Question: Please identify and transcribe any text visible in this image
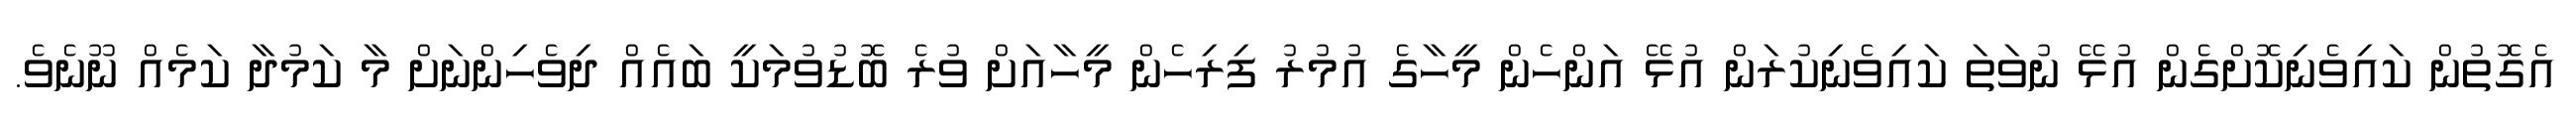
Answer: އެގޮތުން ކައިވެނިކޮށްގެން އުޅޭ ނުވަތަ ކައިވެނިކުރަން އުޅޭ އަންހެން މީހާގެ އުމުރު ފިރިހެން މީހާއަށް ވުރެ ބޮޑުވުމަކީ ބައެއް ދިވެހިންނަށް މާ ކަމުދާ ކަމެއް ނޫނެވެ.